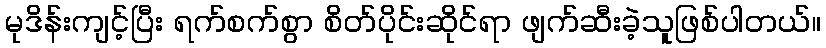
မုဒိန်းကျင့်ပြီး ရက်စက်စွာ စိတ်ပိုင်းဆိုင်ရာ ဖျက်ဆီးခဲ့သူဖြစ်ပါတယ်။